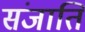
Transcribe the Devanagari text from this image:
संजाति